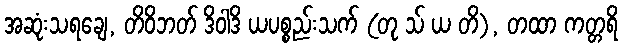
အဆုံးသရချေ, တိဝိဘတ် ဒိဝါဒိ ယပစ္စည်းသက် (တု သ် ယ တိ), တထာ ကတ္တရိ